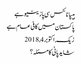
ہیپاٹائٹس سی پازیٹیو ہے
پاکستان میں کافی عام ہے
زیک, ‏اکتوبر 4, 2018
شاید پانی کا مسئلہ؟